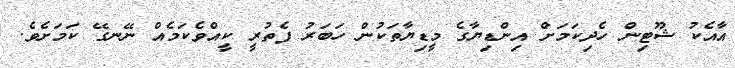
އާއެކު ޝޫޓިން ހެދިކަމަށް އިންޑިޔާގެ މީޑިޔާތަކުން ހަބަރު ފެތުރީ ކީއްވެކަމެއް ނޭނގޭ ކަމަށެވެ.